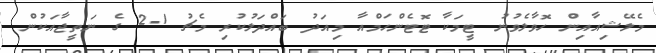
މެލޭޝިއާއިން ހޮވާލެވުނު ޓީމަކާ ޓޮޓެންހަމްއާ މިއަދު ބައްދަލުކުރި މެޗު 1-2 ގެ ނަތީޖާއަކުން